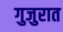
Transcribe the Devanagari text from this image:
गुजुरात